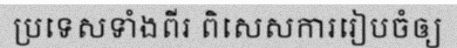
ប្រទេសទាំងពីរ ពិសេសការរៀបចំឲ្យ